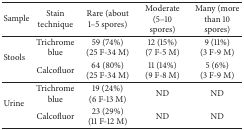
| Sample | Stain technique | Rare (about 1–5 spores) | Moderate (5–10 spores) | Many (more than 10 spores) |
 | --- | --- | --- | --- | --- |
 | <ROWSPAN=2> Stools | Trichrome blue | 59 (74%)(25 F-34 M) | 12 (15%)(7 F-5 M) | 9 (11%)(3 F-9 M) |
 | Calcofluor | 64 (80%)(25 F-34 M) | 11 (14%)(9 F-8 M) | 5 (6%)(3 F-9 M) |
 | <ROWSPAN=2> Urine | Trichrome blue | 19 (24%)(6 F-13 M) | ND | ND |
 | Calcofluor | 23 (29%)(11 F-12 M) | ND | ND |